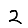
Digit: 2